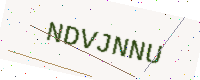
Text: NDVJNNU